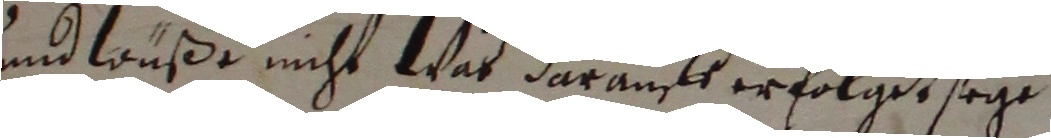
und wuße nicht wat darauff erfolget sege